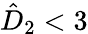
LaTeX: \hat{D}_{2}<3